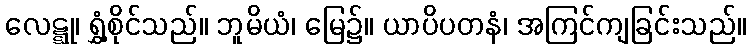
လေဋ္ဋု၊ ရွှံ့စိုင်သည်။ ဘူမိယံ၊ မြေ၌။ ယာပိပတနံ၊ အကြင်ကျခြင်းသည်။